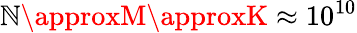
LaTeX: \mathbb{N}\approxM\approxK\approx10^{10}